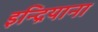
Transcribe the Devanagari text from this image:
इन्द्रियाना